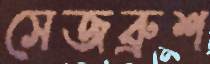
সেজব্রুশ